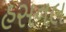
હસનલ